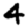
Digit: 4